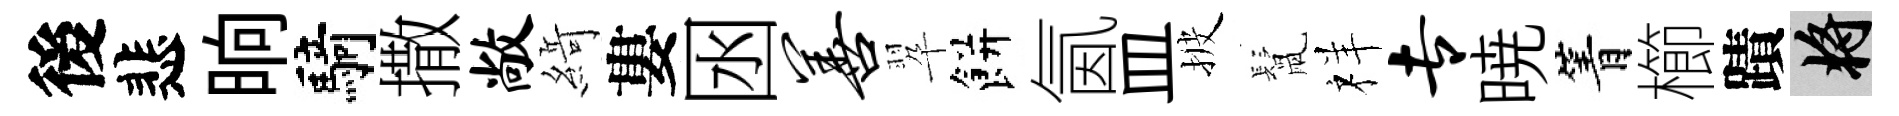
後悲晌騎撒敞𦂶婁囦善翆餅氤皿披鬛祥专暁箐櫛蹟將